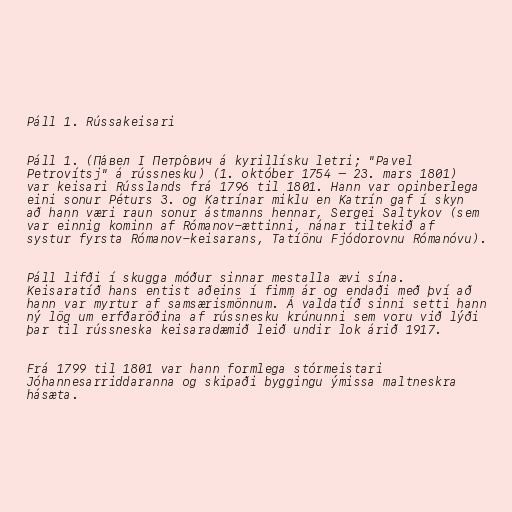
Páll 1. Rússakeisari

Páll 1. (Па́вел I Петро́вич á kyrillísku letri; "Pavel
Petrovítsj" á rússnesku) (1. október 1754 – 23. mars 1801)
var keisari Rússlands frá 1796 til 1801. Hann var opinberlega
eini sonur Péturs 3. og Katrínar miklu en Katrín gaf í skyn
að hann væri raun sonur ástmanns hennar, Sergei Saltykov (sem
var einnig kominn af Rómanov-ættinni, nánar tiltekið af
systur fyrsta Rómanov-keisarans, Tatíönu Fjódorovnu Rómanóvu).

Páll lifði í skugga móður sinnar mestalla ævi sína.
Keisaratíð hans entist aðeins í fimm ár og endaði með því að
hann var myrtur af samsærismönnum. Á valdatíð sinni setti hann
ný lög um erfðaröðina af rússnesku krúnunni sem voru við lýði
þar til rússneska keisaradæmið leið undir lok árið 1917.

Frá 1799 til 1801 var hann formlega stórmeistari
Jóhannesarriddaranna og skipaði byggingu ýmissa maltneskra
hásæta.